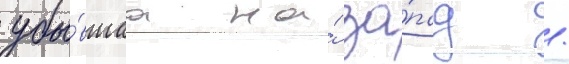
убы́вшаа на́ за́пад /